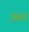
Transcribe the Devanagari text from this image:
ईश्वरो